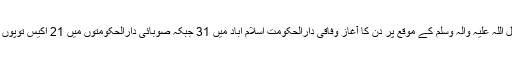
جشن عید میلاد النبی صل اللہ علیہ والہ وسلم کے موقع پر دن کا آغاز وفاقی دارالحکومت اسلام آباد میں 31 جبکہ صوبائی دارالحکومتوں میں 21 اکیس توپوں کی سلامی سے کیا گیا۔